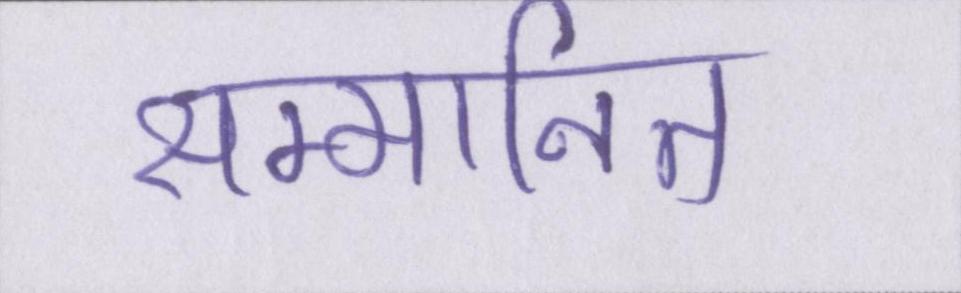
सम्मानित